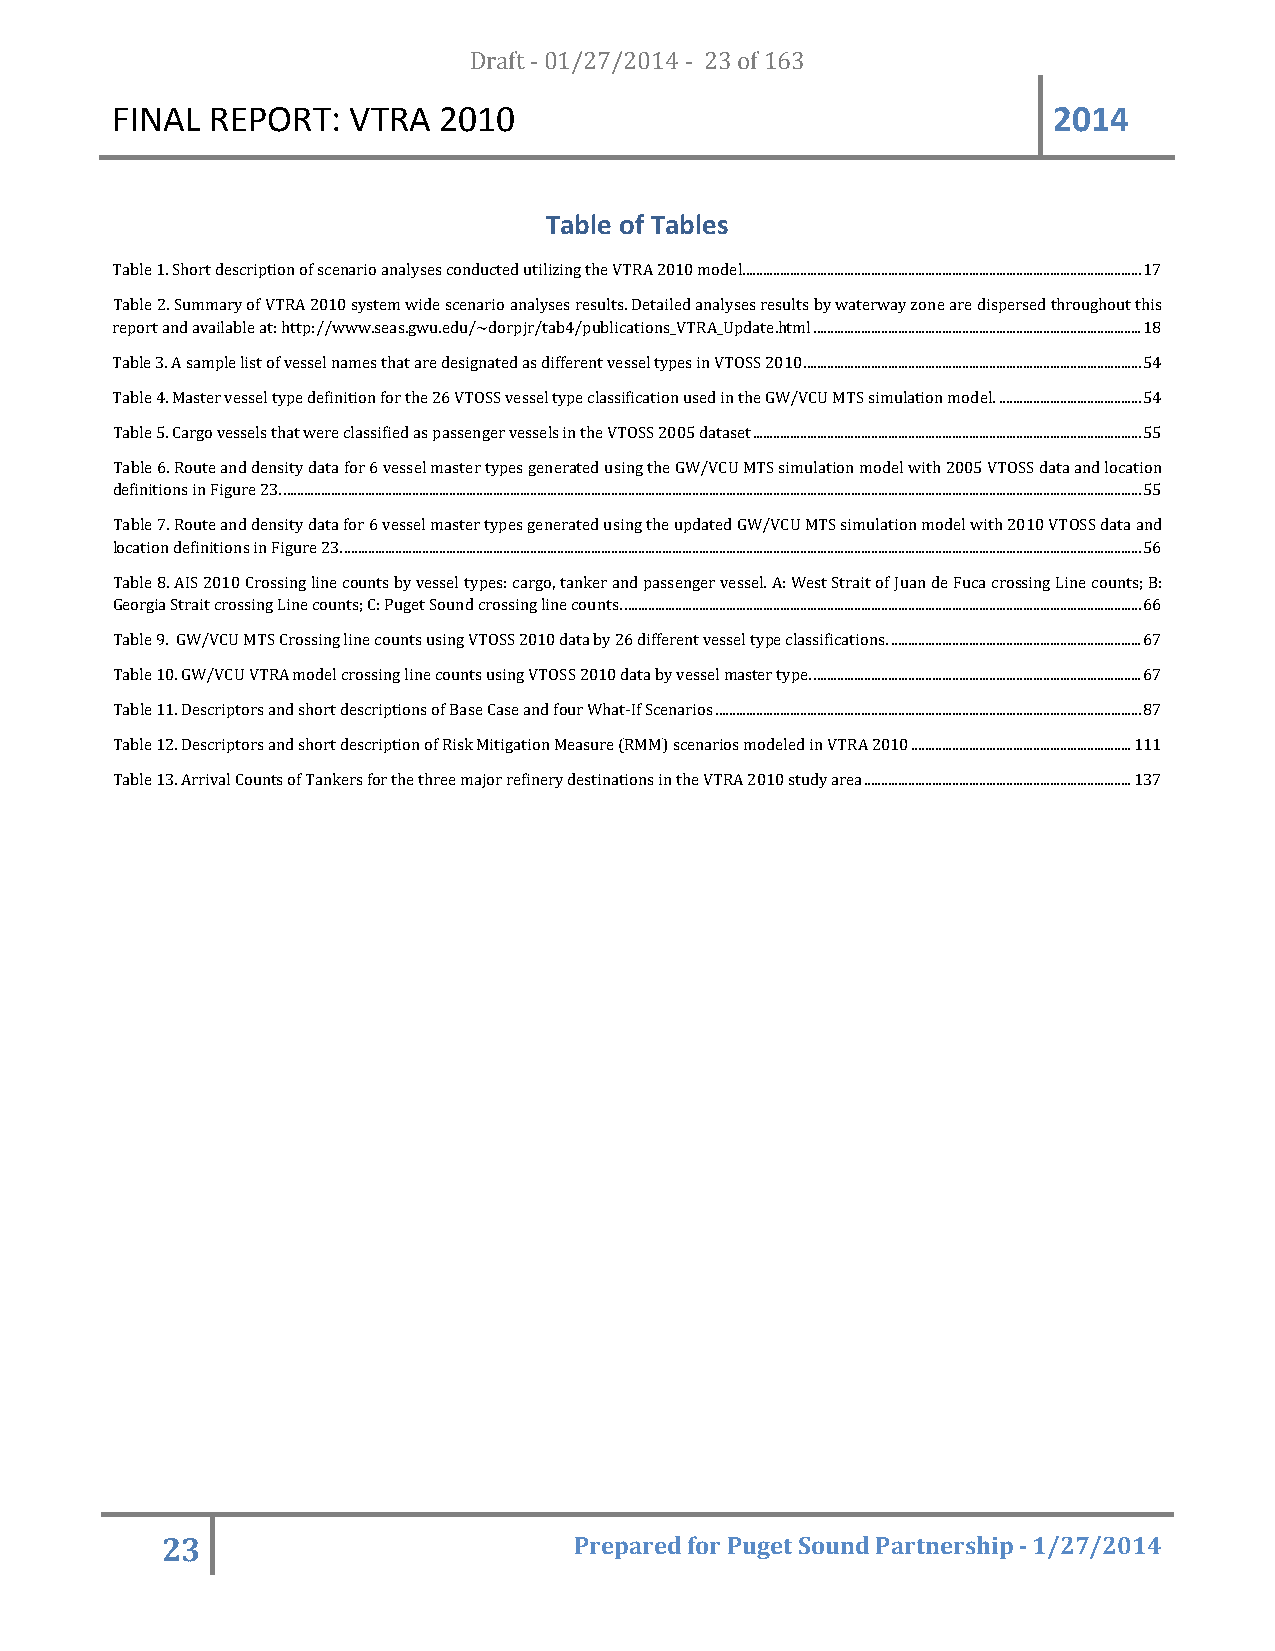
FINAL  REPORT:  VTRA  20D1r0af t - 01/27/2014 - 23 of 163      2014
 Table of Tables
 Table 1. Short description of scenario analyses conducted utilizing the VTRA 2010 model ...................................................................................................................... 17
 Table 2. Summary of VTRA 2010 system wide scenario analyses results. Detailed analyses results by waterway zone are dispersed throughout this
 report and available at: http://www.seas.gwu.edu/~dorpjr/tab4/publications_VTRA_Update.html ................................................................................................. 18
 Table 3. A sample list of vessel names that are designated as different vessel types in VTOSS 2010 .................................................................................................... 54
 Table 4. Master vessel type definition for the 26 VTOSS vessel type classification used in the GW/VCU MTS simulation model. .......................................... 54
 Table 5. Cargo vessels that were classified as passenger vessels in the VTOSS 2005 dataset ................................................................................................................... 55
 Table 6. Route and density data for 6 vessel master types generated using the GW/VCU MTS simulation model with 2005 VTOSS data and location
 definitions in Figure 23. .............................................................................................................................................................................................................................................................. 55
 Table 7. Route and density data for 6 vessel master types generated using the updated GW/VCU MTS simulation model with 2010 VTOSS data and
 location definitions in Figure 23. ............................................................................................................................................................................................................................................ 56
 Table 8. AIS 2010 Crossing line counts by vessel types: cargo, tanker and passenger vessel. A: West Strait of Juan de Fuca crossing Line counts; B:
 Georgia Strait crossing Line counts; C: Puget Sound crossing line counts. ......................................................................................................................................................... 66
 Table 9. GW/VCU MTS Crossing line counts using VTOSS 2010 data by 26 different vessel type classifications. .......................................................................... 67
 Table 10. GW/VCU VTRA model crossing line counts using VTOSS 2010 data by vessel master type. ................................................................................................. 67
 Table 11. Descriptors and short descriptions of Base Case and four What-If Scenarios .............................................................................................................................. 87
 Table 12. Descriptors and short description of Risk Mitigation Measure (RMM) scenarios modeled in VTRA 2010 ................................................................. 111
 Table 13. Arrival Counts of Tankers for the three major refinery destinations in the VTRA 2010 study area ............................................................................... 137
 23                         Prepared for Puget Sound Partnership - 1/27/2014